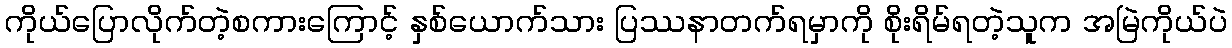
ကိုယ်ပြောလိုက်တဲ့စကားကြောင့် နှစ်ယောက်သား ပြဿနာတက်ရမှာကို စိုးရိမ်ရတဲ့သူက အမြဲကိုယ်ပဲ